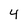
Character: 4